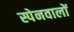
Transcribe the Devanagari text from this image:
स्पेनवालों